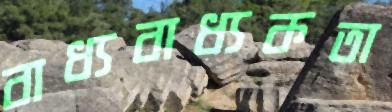
বাধ্যবাধ্যকতা